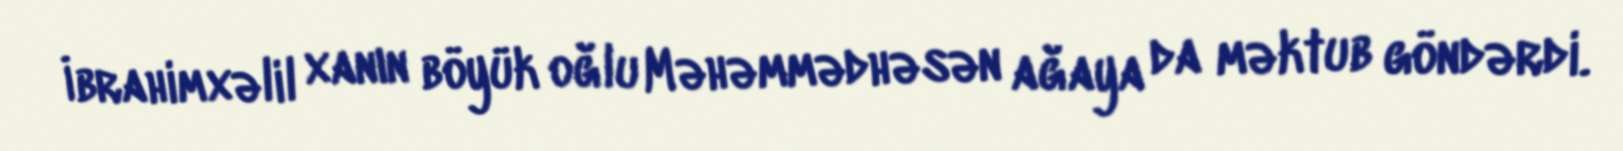
İbrahimxəlil xanın böyük oğlu Məhəmmədhəsən ağaya da məktub göndərdi.